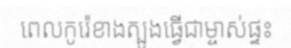
ពេលកូរ៉េខាងត្បូងធ្វើជាម្ចាស់ផ្ទះ